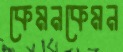
কেমনকেমন